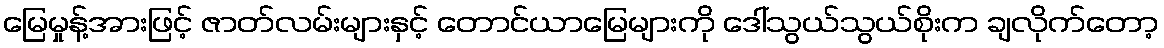
မြေမှုန့်အားဖြင့် ဇာတ်လမ်းများနှင့် တောင်ယာမြေများကို ဒေါ်သွယ်သွယ်စိုးက ချလိုက်တော့